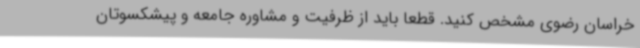
خراسان رضوی مشخص کنید. قطعا باید از ظرفیت و مشاوره جامعه و پیشکسوتان